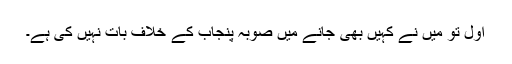
اول تو میں نے کہیں بھی جانے میں صوبہ پنجاب کے خلاف بات نہیں کی ہے۔